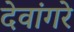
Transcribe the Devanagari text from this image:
देवांगरे